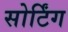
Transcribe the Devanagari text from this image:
सोर्टिंग